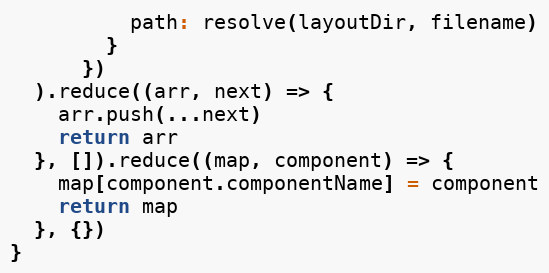
Language: JavaScript
          path: resolve(layoutDir, filename)
        }
      })
  ).reduce((arr, next) => {
    arr.push(...next)
    return arr
  }, []).reduce((map, component) => {
    map[component.componentName] = component
    return map
  }, {})
}